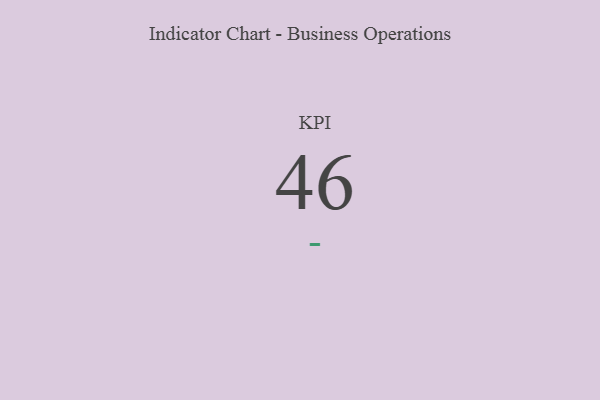
{"axis": {"x": "KPI", "y": "Value"}, "legend": [""], "data": [{"x": "KPI", "y": 46, "type": ""}]}